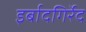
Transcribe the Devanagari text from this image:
इर्बादगिर्रेद